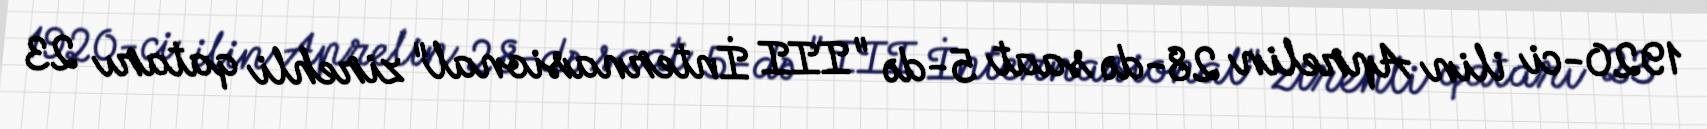
1920-ci ilin Aprelin 28-də saat 5-də "III İnternasional" zirehli qatarı 23